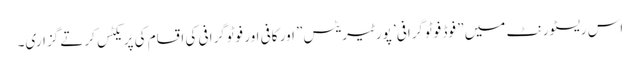
اس ریسٹورنٹ میں ” فوڈ فوٹوگرافی’ پورٹیریٹس” اور کافی اور فوٹوگرافی کی اقسام کی پریکٹس کرتے گزاری۔